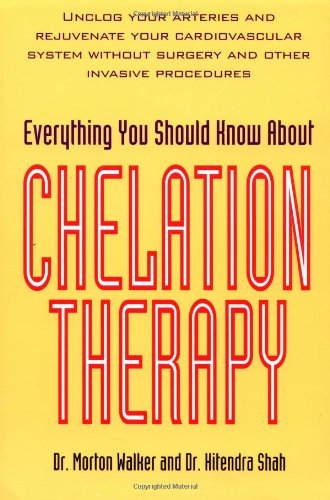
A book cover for Everything You Should Know About Chelation Therapy; Morton Walker; Health, Fitness & Dieting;